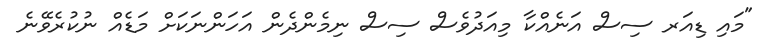
"މައި ޑިއަރ ސިސް އަނެއްކާ މިއަދުވެސް ސިސް ނިމެންދެން އަހަންނަކަށް މަޑެއް ނުކުރެވޭނެ